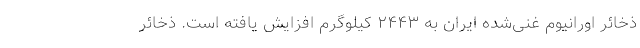
ذخائر اورانیوم غنی‌شده ایران به ۲۴۴۳ کیلوگرم افزایش یافته است. ذخائر